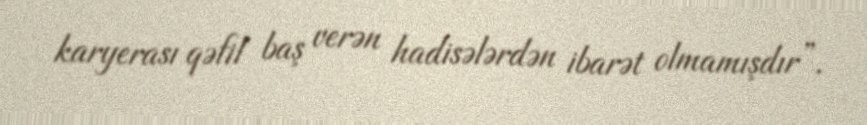
karyerası qəfil baş verən hadisələrdən ibarət olmamışdır”.